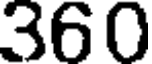
360